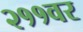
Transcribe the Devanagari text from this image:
२११वर